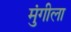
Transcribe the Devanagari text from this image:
मुंगीला